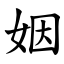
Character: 姻